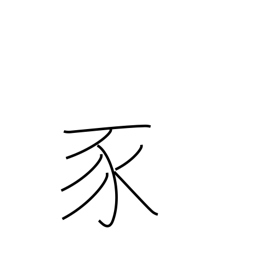
Meaning: pig radical (no. 152)